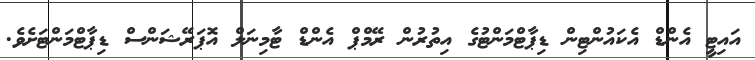
އައިޓީ އެންޑް އެކައުންޓިން ޑިޕާޓްމަންޓުގެ އިތުރުން ރޭމްޕް އެންޑް ޓާމިނަލް އޮޕަރޭޝަންސް ޑިޕާޓްމަންޓަށެވެ.